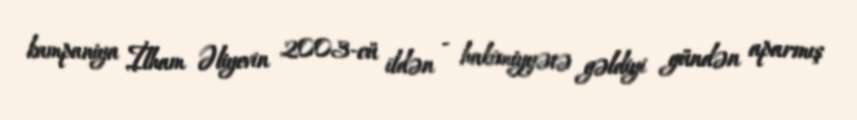
kampaniya İlham Əliyevin 2003-cü ildən - hakimiyyətə gəldiyi gündən aparmış